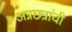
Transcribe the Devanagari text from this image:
अन्नछत्रांची